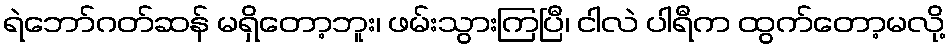
ရဲဘော်ဂတ်ဆန် မရှိတော့ဘူး၊ ဖမ်းသွားကြပြီ၊ ငါလဲ ပါရီက ထွက်တော့မလို့